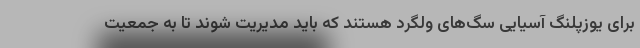
برای یوزپلنگ آسیایی سگ‌های ولگرد هستند که باید مدیریت شوند تا به جمعیت